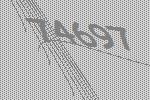
74697